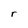
Character: r